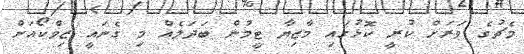
މެޗުގެ ވަރަށް ކުރީ ކޮޅުގައި މާޒިޔާ ޓީމުން ބަދަލެއް މި ގެނައީ ޒިވްކޯއަށް